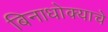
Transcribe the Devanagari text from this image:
बिनाधोक्याचे